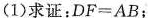
(1)求证：$$DF=AB$$；